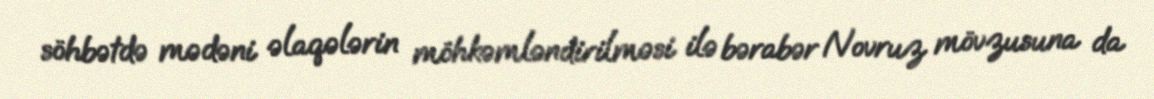
söhbətdə mədəni əlaqələrin möhkəmləndirilməsi ilə bərabər Novruz mövzusuna da